Report of the Indian Hemp Drugs Commission, 1894-1895 - Volume VII
Year: 1894
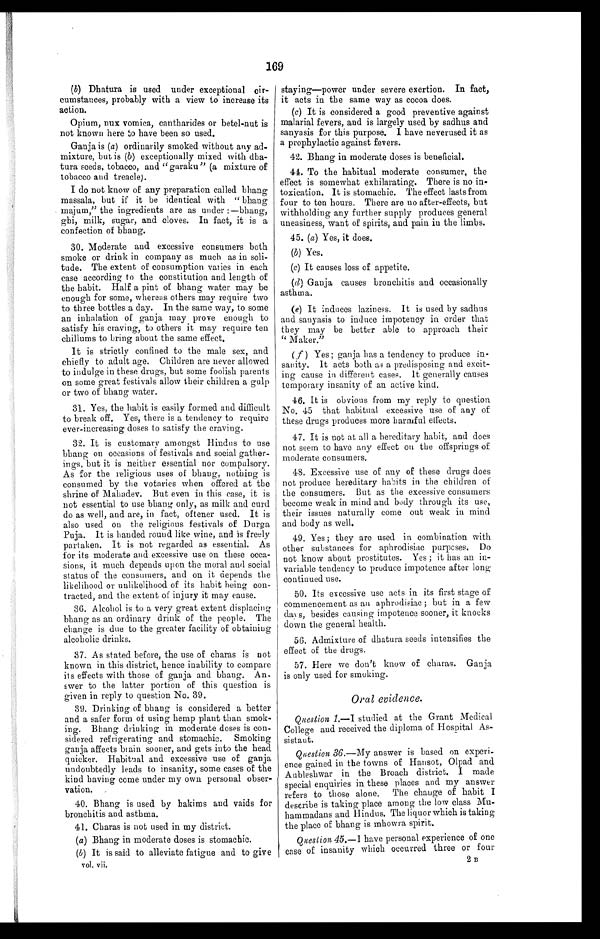
169
(b) Dhatura is used under exceptional cir-
cumstances, probably with a view to increase its
action.
Opium, nux vomica, cantharides or betel-nut is
not known here to have been so used.
Ganja is (a) ordinarily smoked without any ad-
mixture, but is (b) exceptionally mixed with dha-
tura seeds, tobacco, and " garaku " (a mixture of
tobacco and treacle).
I do not know of any preparation called bhang
massala, but if it be identical with " bhang
majum," the ingredients are as under :—bhang,
ghi, milk, sugar, and cloves. In fact, it is a
confection of bhang.
30. Moderate and excessive consumers both
smoke or drink in company as much as in soli-
tude. The extent of consumption varies in each
ease according to the constitution and length of
the habit. Half a pint of bhang water may be
enough for some, whereas others may require two
to three bottles a day. In the same way, to some
an inhalation of ganja may prove enough to
satisfy his craving, to others it may require ten
chillums to bring about the same effect.
It is strictly confined to the male sex, and
chiefly to adult age. Children are never allowed
to indulge in these drugs, but some foolish parents
on some great festivals allow their children a gulp
or two of bhang water.
31. Yes, the habit is easily formed and difficult
to break off. Yes, there is a tendency to require
ever-increasing doses to satisfy the craving.
32. It is customary amongst Hindus to use
bhang on occasions of festivals and social gather-
ings, but it is neither essential nor compulsory.
As for the religious uses of bhang, nothing is
consumed by the votaries when offered at the
shrine of Mahadev. But even in this case, it is
not essential to use bhang only, as milk and curd
do as well, and are, in fact, oftener used. It is
also used on the religious festivals of Durga
Puja. It is handed round like wine, and is freely
partaken. It is not regarded as essential. As
for its moderate and excessive use on these occa-
sions, it much depends upon the moral and social
status of the consumers, and on it depends the
likelihood or unlikelihood of its habit being con-
tracted, and the extent of injury it may cause.
36. Alcohol is to a very great extent displacing
bhang as an ordinary drink of the people. The
change is due to the greater facility of obtaining
alcoholic drinks.
37. As stated before, the use of charas is not
known in this district, hence inability to compare
its effects with those of ganja and bhang. An-
swer to the latter portion of this question is
given in reply to question No. 39.
39. Drinking of bhang is considered a better
and a safer form of using hemp plant than smok-
ing. Bhang drinking in moderate doses is con-
sidered refrigerating and stomachic. Smoking
ganja affects brain sooner, and gets into the head
quicker. Habitual and excessive use of ganja
undoubtedly leads to insanity, some cases of the
kind having come under my own personal obser-
vation.
40. Bhang is used by hakims and vaids for
bronchitis and asthma.
41. Charas is not used in my district.
(a) Bhang in moderate doses is stomachic.
(b) It is said to alleviate fatigue and to give
vol. vii.
staying—power under severe exertion. In fact,
it acts in the same way as cocoa does.
(c) It is considered a good preventive against
malarial fevers, and is largely used by sadhus and
sanyasis for this purpose. I have neverused it as
a prophylactic against fevers.
42. Bhang in moderate doses is beneficial.
44. To the habitual moderate consumer, the
effect is somewhat exhilarating. There is no in-
toxication. It is stomachic. The effect lasts from
four to ten hours. There are no after-effects, but
withholding any further supply produces general
uneasiness, want of spirits, and pain in the limbs.
45. (a) Yes, it does.
(b) Yes.
(c) It causes loss of appetite.
(d) Ganja causes bronchitis and occasionally
asthma.
(e) It induces laziness. It is used by sadhus
and sanyasis to induce impotency in order that
they may be better able to approach their
" Maker."
(f) Yes ; ganja has a tendency to produce in-
sanity. It acts both as a predisposing and excit-
ing cause in different cases, It generally causes
temporary insanity of au active kind.
46. It is obvious from my reply to question
No. 45 that habitual excessive use of any of
these drugs produces more harmful effects.
47. It is not at all a hereditary habit, and does
not seem to have any effect on the offsprings of
moderate consumers.
48. Excessive use of any of these drugs does
not produce hereditary habits in the children of
the consumers. But as the excessive consumers
become weak in mind and body through its use,
their issues naturally come out weak in mind
and body as well.
49. Yes; they are used in combination with
other substances for aphrodisiac purpcses. Do
not know about prostitutes. Yes ; it has an in-
variable tendency to produce impotence after long
continued use.
50. Its excessive use acts in its first stage of
commencement as an aphrodisiac ; but in a few
days, besides causing impotence sooner, it knocks
down the general health.
50. Admixture of dhatura seeds intensifies the
effect of the drugs.
57. Here we don't know of charas. Ganja
is only used for smoking.
Oral evidence.
Question 1.—I studied at the Grant Medical
College and received the diploma of Hospital As-
sistant.
Question 36 .—My answer is based on experi-
ence gained in the towns of Hansot, Olpad and
Aubleshwar in the Broach district. I made
special enquiries in these places and my answer
refers to those alone. The change of habit I
describe is taking place among the low class Mu-
hammadans and Hindus. The liquor which is taking
the place of bhang is mhowra spirit.
Question 45 .—I have personal experience of one
case of insanity which occurred three or four
2 B